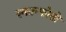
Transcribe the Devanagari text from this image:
स्कान्फोतो